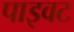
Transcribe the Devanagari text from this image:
पाइवट